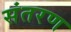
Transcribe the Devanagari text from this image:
संतरण